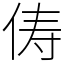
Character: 俦